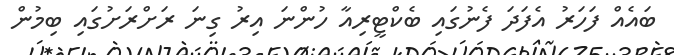
ބައެއް ފަހަރު އެފަދަ ފެނުގައި ބެކްޓީރިއާ ހުންނަ އިރު ގިނަ ރަށްރަށުގައި ބިމުން